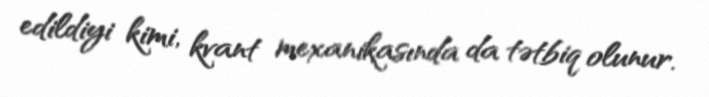
edildiyi kimi, kvant mexanikasında da tətbiq olunur.